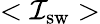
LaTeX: <\mathcal{I}_{\mathrm{{sw}}}>